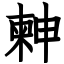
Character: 𣍃